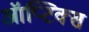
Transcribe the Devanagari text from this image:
ऑप्टिक्‍स